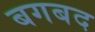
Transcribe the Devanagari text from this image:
बगबद